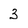
Character: 3